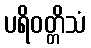
ပရိဝတ္တိသံ